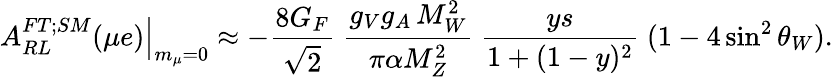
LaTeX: \left.A_{RL}^{FT;SM}(\mu e)\right\vert_{m_{\mu}=0}\approx-\frac{8G_{F}}{\sqrt{2}}\; \frac{g_{V}g_{A}\, M_{W}^{2}}{\pi\alpha M_{Z}^{2}}\; \frac{ys}{1+(1-y)^{2}}\; (1-4\sin^{2}\theta_{W}).